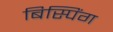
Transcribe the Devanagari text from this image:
बिस्पिंग